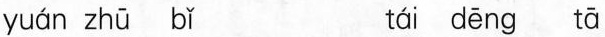
yuán zhū bǐ tái dēng tā